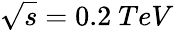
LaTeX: \sqrt{s}=0.2\ TeV